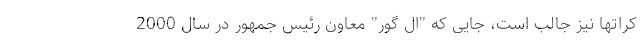
کراتها نیز جالب است، جایی که "ال گور" معاون رئیس جمهور در سال 2000